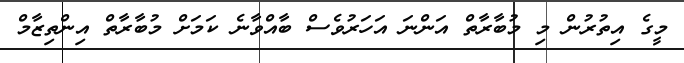
މީގެ އިތުރުން މި މުބާރާތް އަންނަ އަހަރުވެސް ބާއްވާނެ ކަމަށް މުބާރާތް އިންތިޒާމް